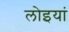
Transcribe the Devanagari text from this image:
लोइयां